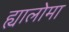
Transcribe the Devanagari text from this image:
ह्यालोमा